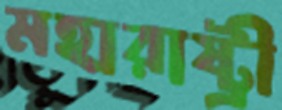
মহারাষ্ট্রী